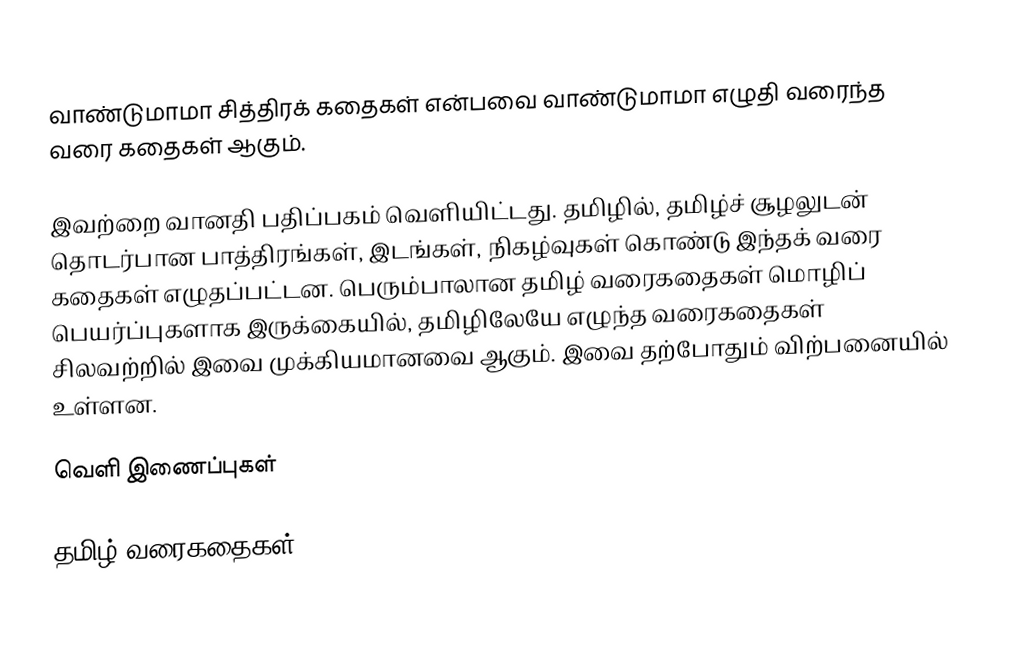
வாண்டுமாமா சித்திரக் கதைகள் என்பவை வாண்டுமாமா எழுதி வரைந்த வரை கதைகள் ஆகும்.

இவற்றை வானதி பதிப்பகம் வெளியிட்டது. தமிழில், தமிழ்ச் சூழலுடன் தொடர்பான பாத்திரங்கள், இடங்கள், நிகழ்வுகள் கொண்டு இந்தக் வரை கதைகள் எழுதப்பட்டன. பெரும்பாலான தமிழ் வரைகதைகள் மொழிப் பெயர்ப்புகளாக இருக்கையில், தமிழிலேயே எழுந்த வரைகதைகள் சிலவற்றில் இவை முக்கியமானவை ஆகும். இவை தற்போதும் விற்பனையில் உள்ளன.

வெளி இணைப்புகள்

தமிழ் வரைகதைகள்